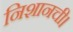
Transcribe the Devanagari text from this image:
निशानची।